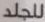
للجلد